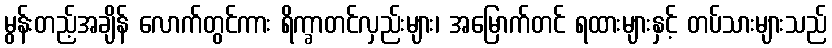
မွန်းတည့်အချိန် လောက်တွင်ကား ရိက္ခာတင်လှည်းများ၊ အမြောက်တင် ရထားများနှင့် တပ်သားများသည်